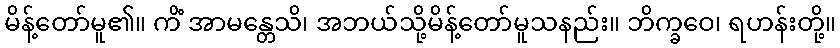
မိန့်တော်မူ၏။ ကိံ အာမန္တေသိ၊ အဘယ်သို့မိန့်တော်မူသနည်း။ ဘိက္ခဝေ၊ ရဟန်းတို့။